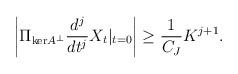
LaTeX: \begin{align*} \left|\Pi_{\mathrm{ker} A^\perp} \frac{d^j}{dt^j} X_t |_{t = 0}\right| \geq \frac{1}{C_J} K^{j+1}. \end{align*}